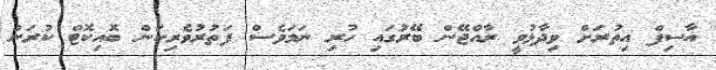
އާސިފް އިތުރަށް ވިދާޅުވީ ރާއްޖޭން ބޭރުގައި ހުރި ނަމަވެސް ފަތުރުވެރިކަން ބޮއިކޮޓް ކުރަން